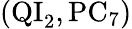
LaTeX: (\mathrm{QI}_{2},\mathrm{PC}_{7})